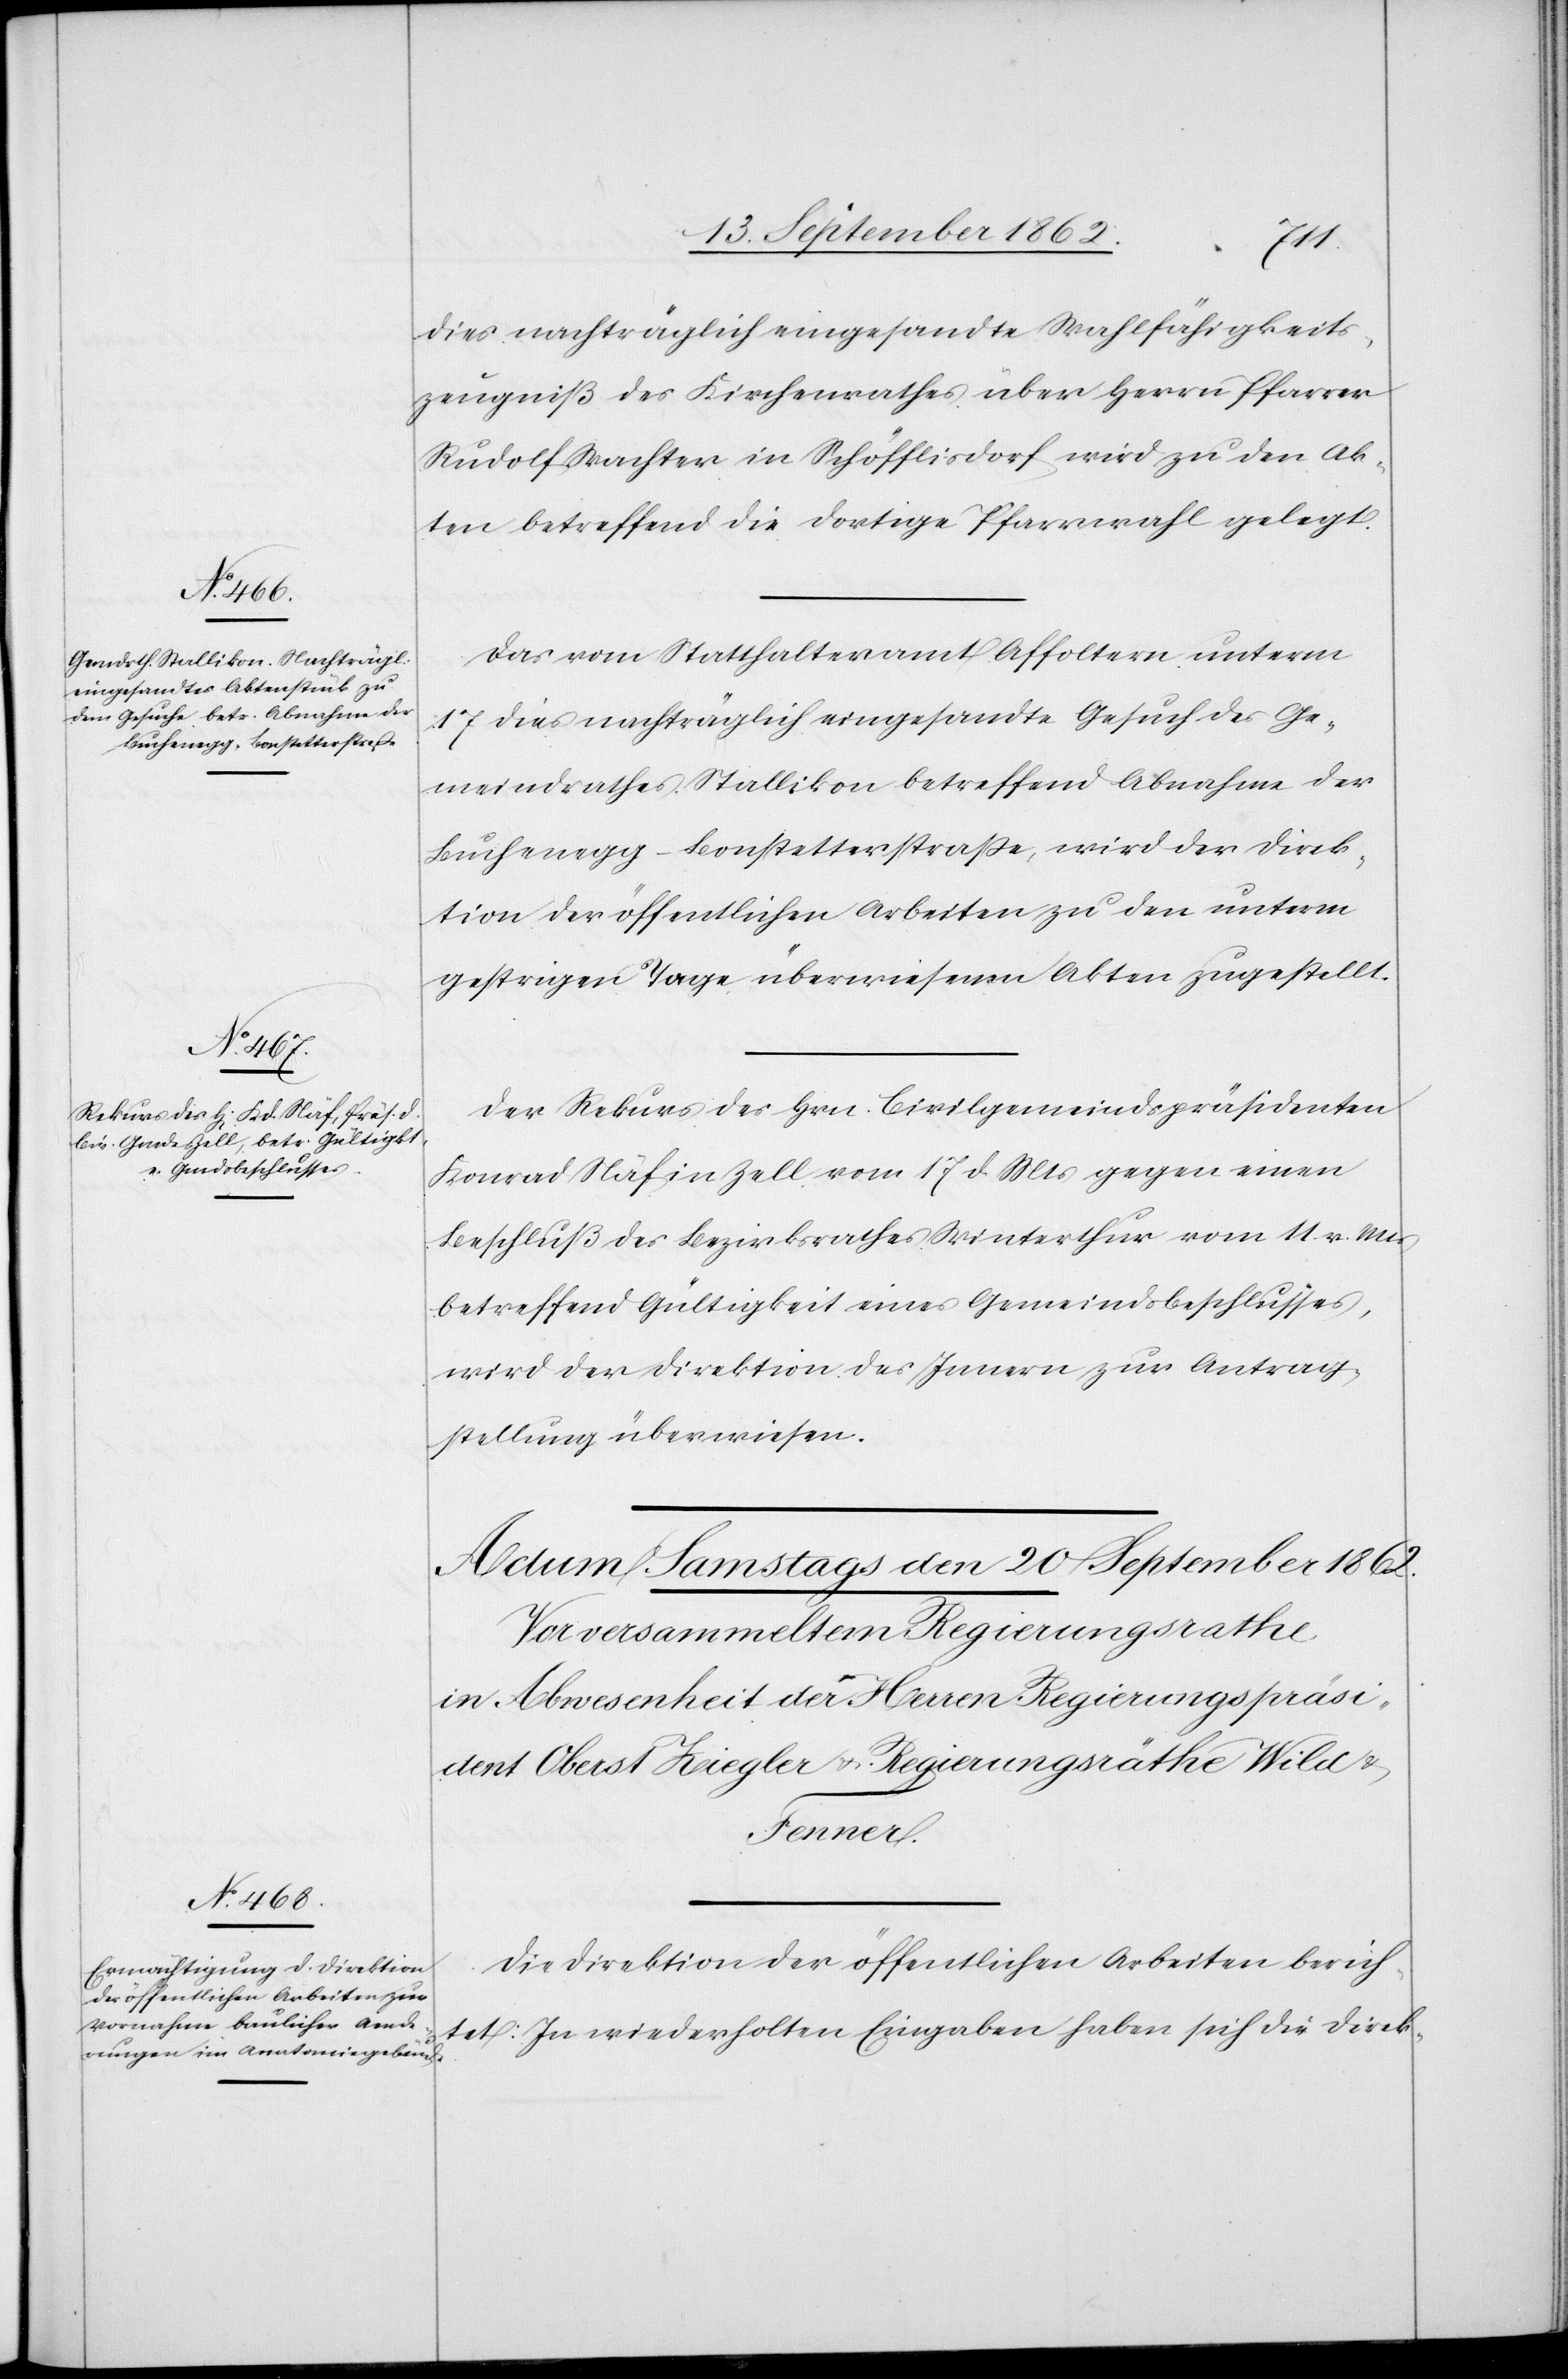
19. September 1862.]
dies nachtäglich eingesandte Wahlfähigkeits¬
zeugniß des Kirchenrathes über Herrn Pfarrer
Rudolf Wachter in Schöfflisdorf wird zu den Ak¬
ten betreffend die dortige Pfarrwahl gelegt.
Das vom Statthalteramt Affoltern unterm
17. dies nachträglich eingesandte Gesuch des Ge¬
meindrathes Stallikon betreffend Abnahme der
Buchenegg-Bonstetterstraße, wird der Direk¬
tion der öffentlichen Arbeiten zu den unterm
gestrigen Tage überwiesenen Akten zugestellt.
Der Rekurs des Hrn. Civilgemeindspräsidenten
Konrad Näf in Zell vom 17. d. Mts. gegen einen
Beschluß des Bezirksrathes Winterthur vom 11. v. Mts.
betreffend Gültigkeit eines Gemeindsbeschlusses,
wird der Direktion des Innern zur Antrag¬
stellung überwiesen.
Die Direktion der öffentlichen Arbeiten berich¬
tet: In wiederholten Eingaben haben sich die Direk-